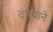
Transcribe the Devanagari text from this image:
दात्याने